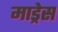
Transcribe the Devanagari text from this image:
माड्रेस